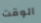
الوقت